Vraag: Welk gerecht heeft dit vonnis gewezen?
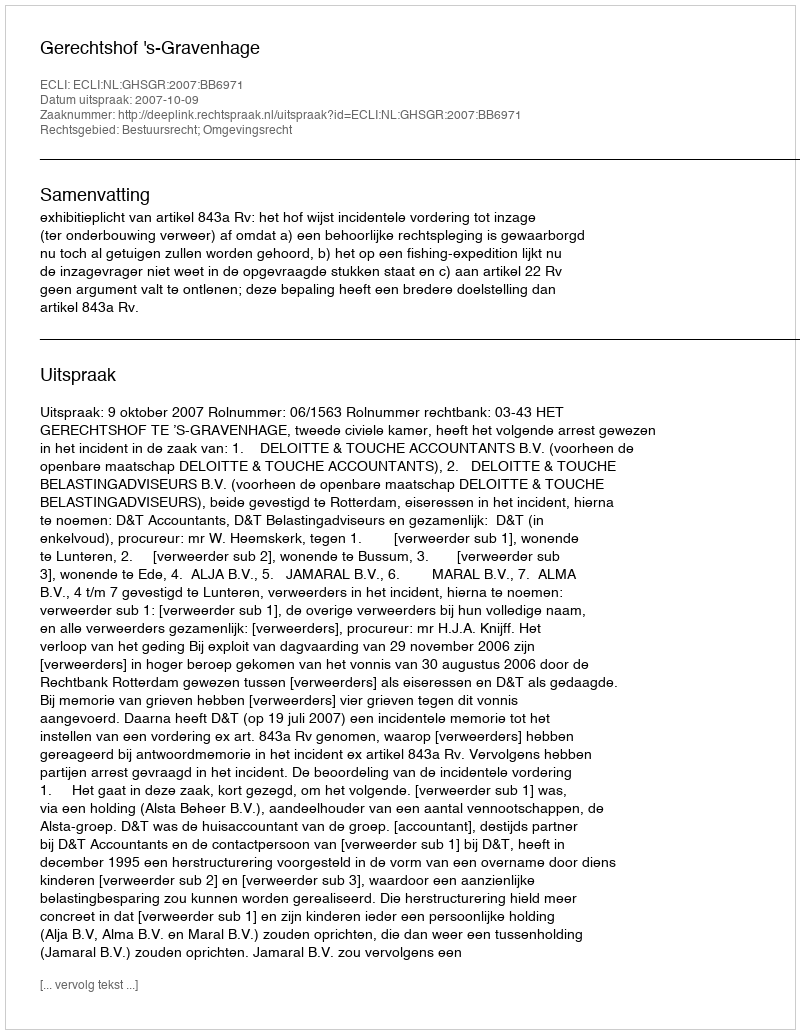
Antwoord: Gerechtshof 's-Gravenhage